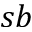
s b